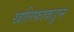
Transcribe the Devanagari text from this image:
खलिफाकडून